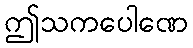
ဤသကပေါဏေ